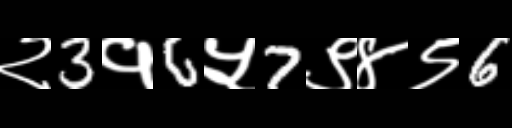
Text: २3१6५7९४९6